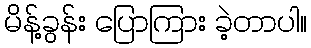
မိန့်ခွန်း ပြောကြား ခဲ့တာပါ။